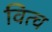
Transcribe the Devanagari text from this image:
वित्च